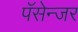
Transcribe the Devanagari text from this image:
पॅसेन्जर